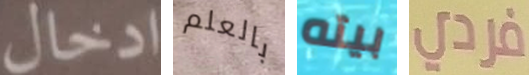
ادخال بالعلم بيته فردي